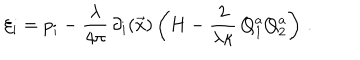
\xi _ { i } = p _ { i } - { \frac { \lambda } { 4 \pi } } \, \partial _ { i } ( \vec { x } ) \left( H - { \frac { 2 } { \lambda \kappa } } \, Q _ { 1 } ^ { a } Q _ { 2 } ^ { a } \right) \, .